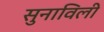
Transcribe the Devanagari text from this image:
सुनाविली